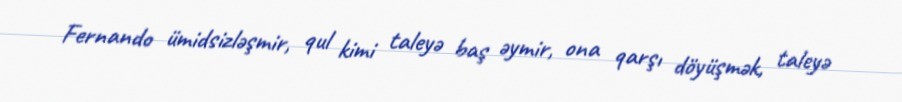
Fernando ümidsizləşmir, qul kimi taleyə baş əymir, ona qarşı döyüşmək, taleyə